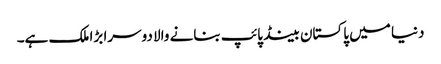
دنیا میں پاکستان بینڈ پائپ بنانے والا دوسرا بڑا ملک ہے۔